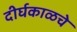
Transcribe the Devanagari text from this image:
दीर्घकाळचे